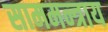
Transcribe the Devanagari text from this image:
साममन्त्राय